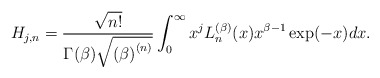
\begin{align*}H_{j,n}=\frac{\sqrt{n!}}{\Gamma (\beta )\sqrt{\left( \beta \right) ^{\left(n\right) }}}\int_{0}^{\infty }x^{j}L_{n}^{(\beta )}(x)x^{\beta -1}\exp(-x)dx. \end{align*}